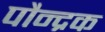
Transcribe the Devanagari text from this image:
पौन्द्रक